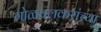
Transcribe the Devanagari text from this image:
गोळवलकरांच्या